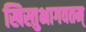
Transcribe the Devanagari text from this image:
खिस्तुभागवतम्